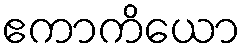
ဧကာကိယော